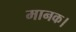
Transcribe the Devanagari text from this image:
मानक।